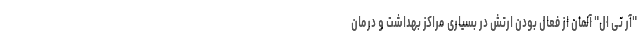
"آر تی ال" آلمان از فعال بودن ارتش در بسیاری مراکز بهداشت و درمان